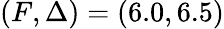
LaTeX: (F,\Delta)=(6.0,6.5)